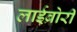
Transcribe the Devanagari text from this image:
लाईब्रोरी